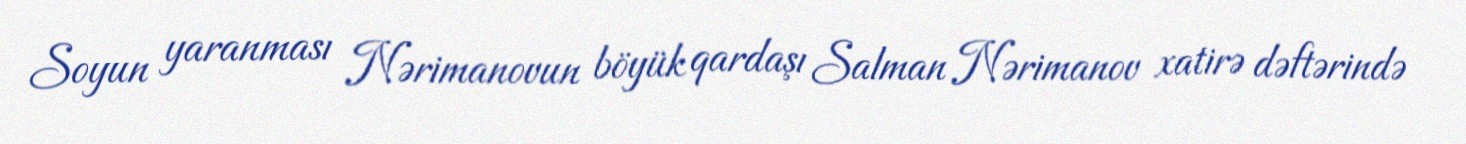
Soyun yaranması Nərimanovun böyük qardaşı Salman Nərimanov xatirə dəftərində